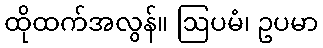
ထိုထက်အလွန်။ ဩပမံ၊ ဥပမာ